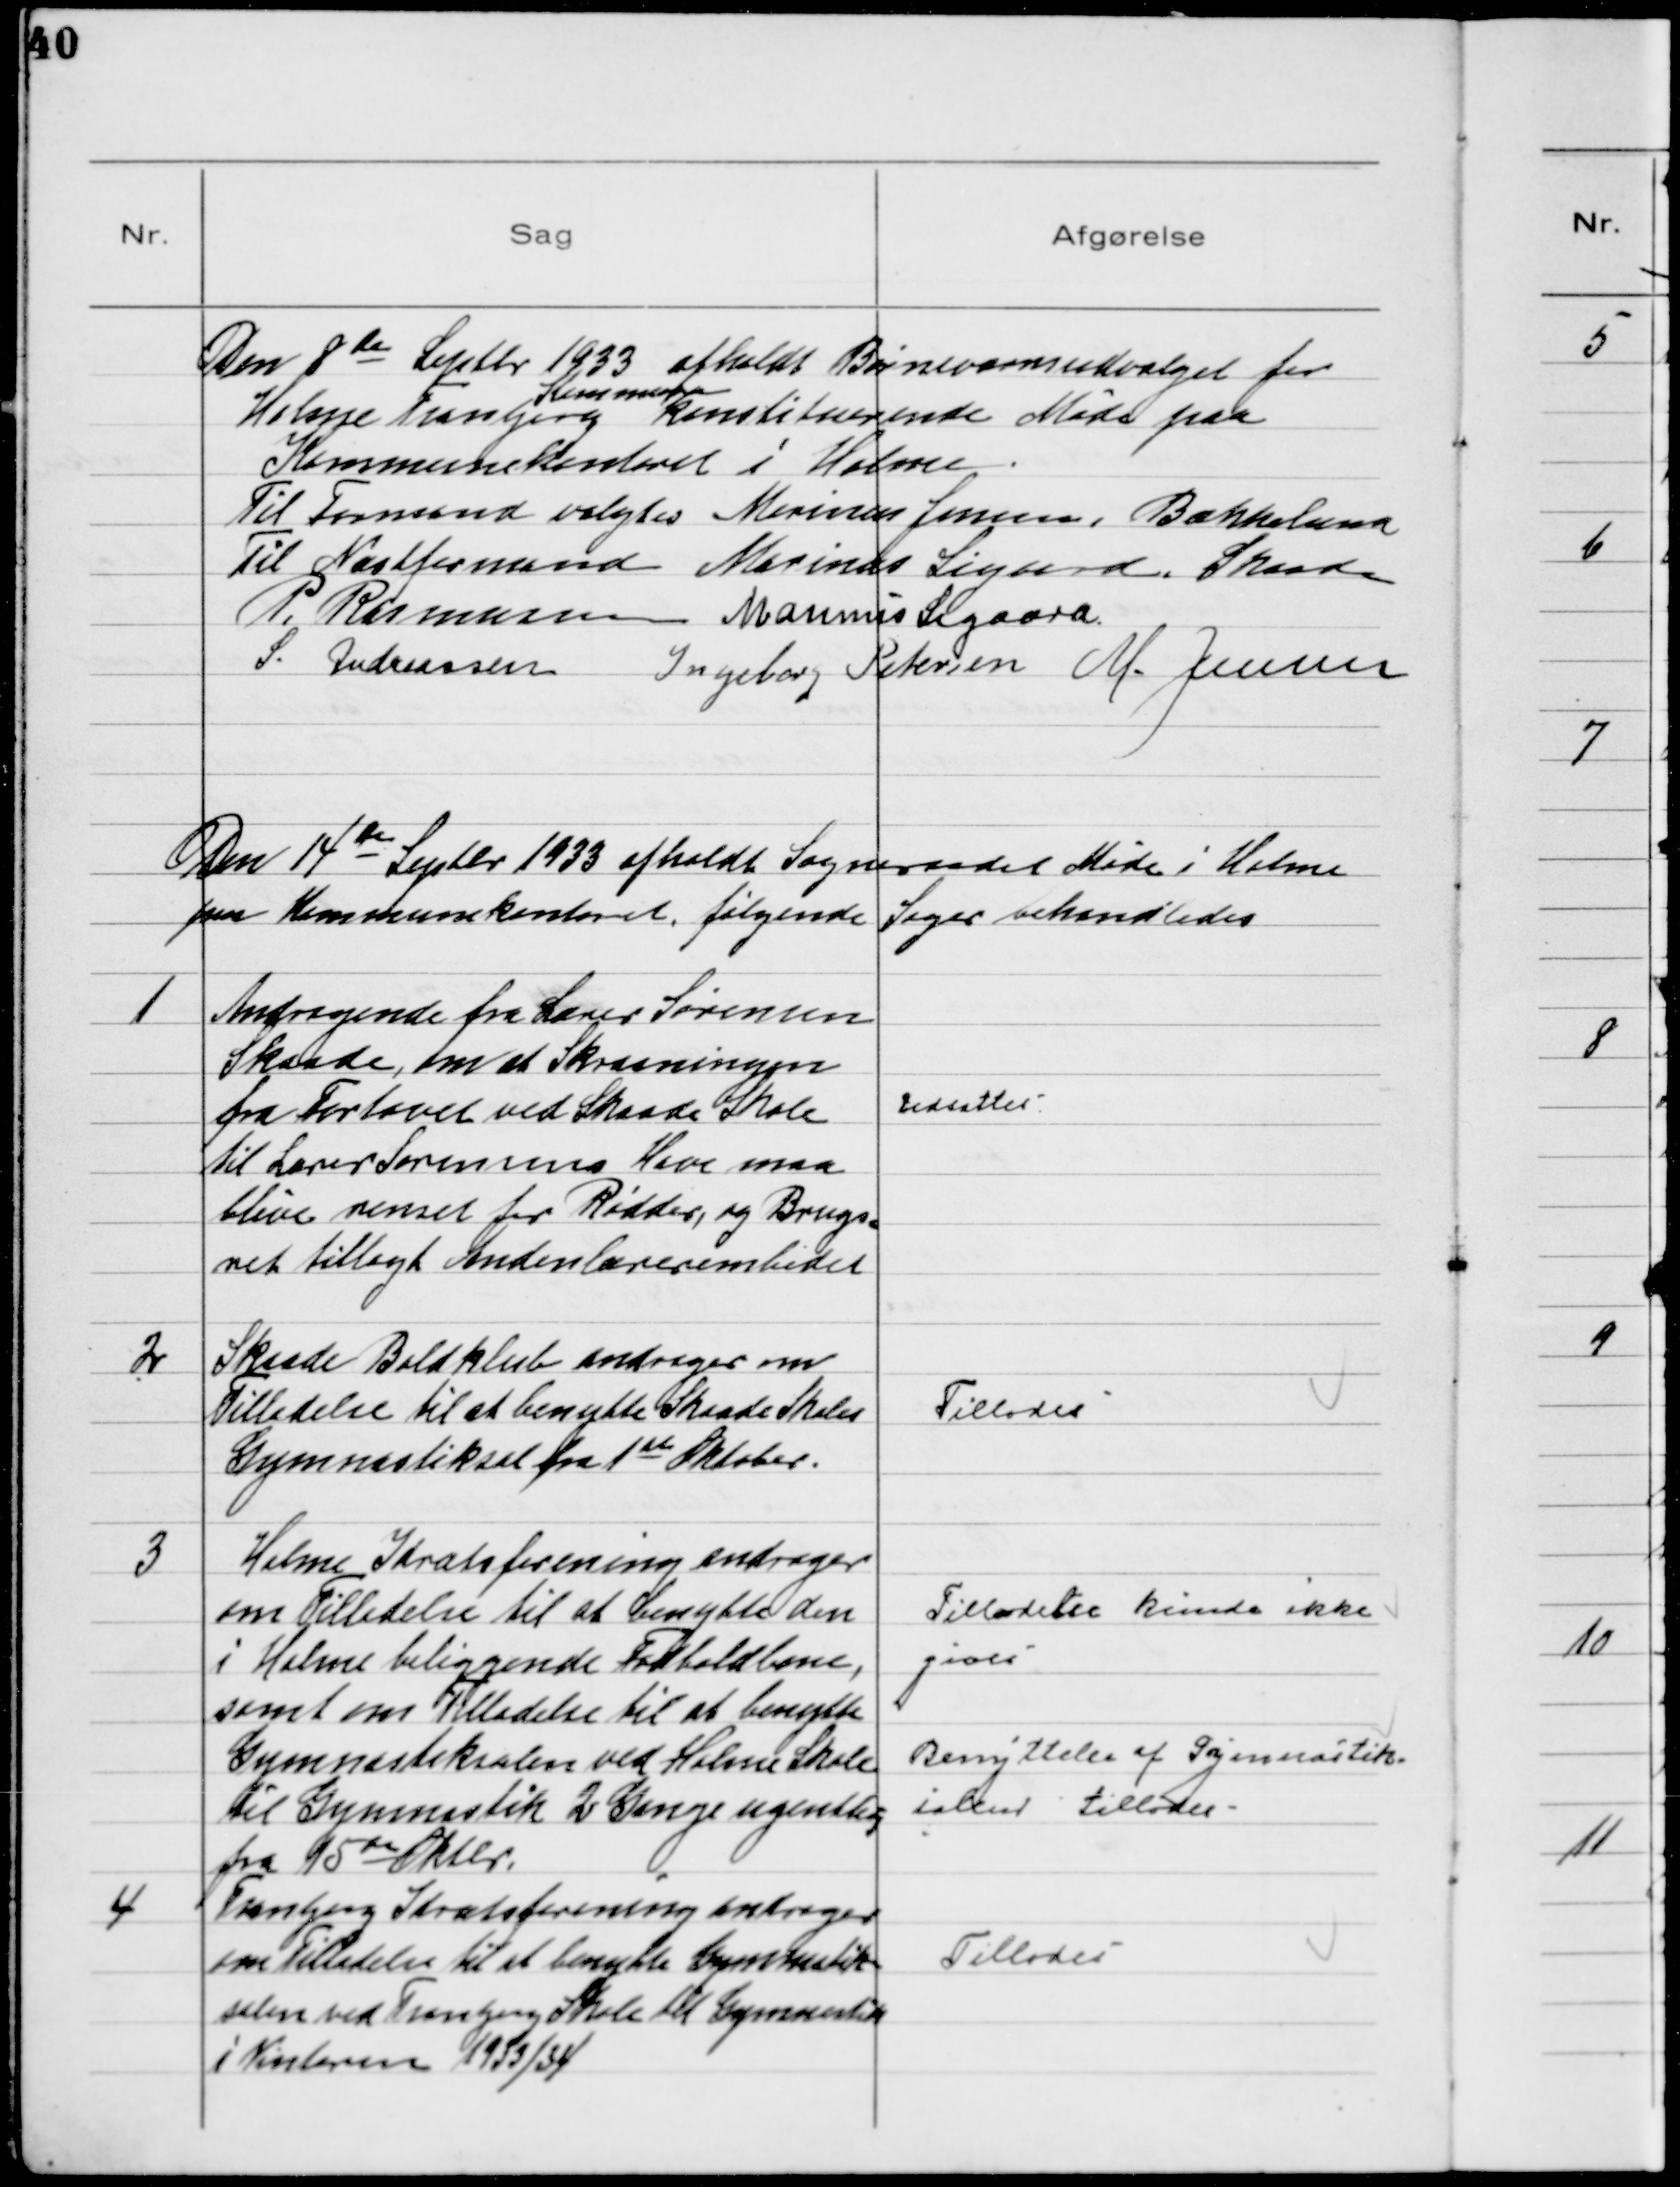
Transskription:
Den 8de Septbr 1933 afholdt Børneværnsudvalget for
Holme Tranbjerg
Kommune
konstituerende Møde paa
Kommunekontoret i Holme
Til Formand valgtes Marinus Jensen, Bækkelund
Til Næstformand Marinus Sigaard, Skaade
P. Rasmussen Marinus Sigaard
S. Andreassen Ingeborg Petersen M. Jensen

Den 14de Septbr 1933 afholdt Sogneraadet Møde i Holme
paa Kommunekontoret, følgende Sager behandledes

1
Andragende fra Lærer Sørensen
Skaade, om at Skraaningen
fra Fortovet ved Skaade Skole
til Lærer Sørensens Have maa
blive renset for Ridder, og Brugs
ret tillagt Andenlærerembedet

Udsattes

2
Skaade Boldklub andrager om
Tilladelse til at benytte Skaade Skoles
Gymnastiksal fra 1ste Oktober.

Tillodes

3
Holme Idrætsforening andrager
om Tilladelse til at benytte den
i Holme beliggende Fodboldbane,
samt om Tilladelse til at benytte
Gymnastiksalen ved Holme Skole
til Gymnastik 2 Gange ugentlig
fra 15de Oktbr.

Tilladelse kunde ikke
gives
Benyttelse af Gymnastik-
salen tillodes

4
Tranbjerg Idrætsforening andrager
 om Tilladelse til at benytte Gymnastik-
salen ved Tranbjerg Skole til Gymnastik
i Vinteren 1933/34

Tillodes